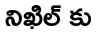
నిఖిల్ కు